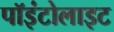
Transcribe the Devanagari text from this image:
पॉइंटोलाइट